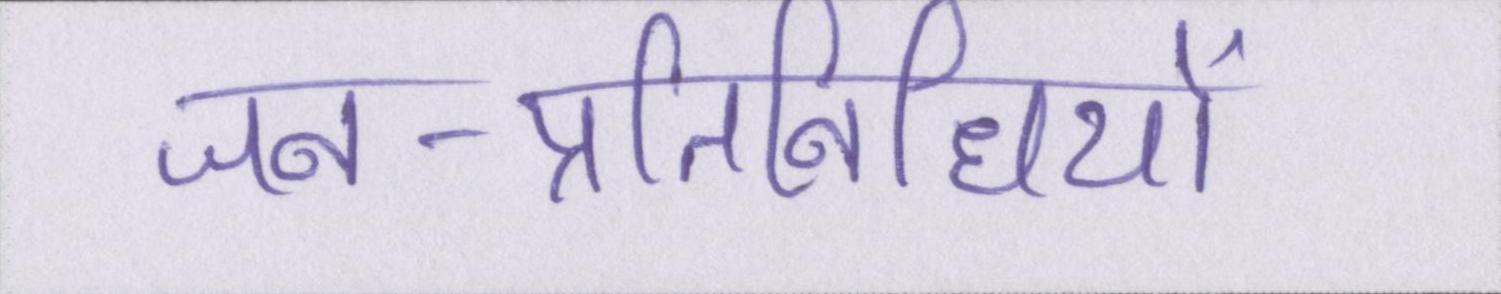
जन-प्रतिनिधियों